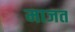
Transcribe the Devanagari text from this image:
माजत